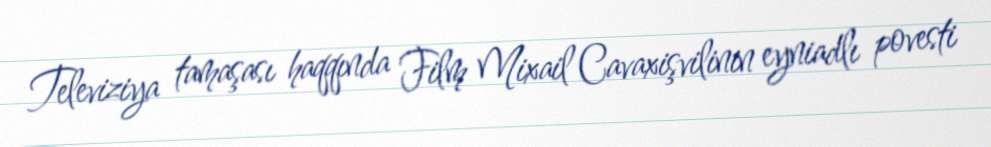
Televiziya tamaşası haqqında Film Mixail Cavaxişvilinin eyniadlı povesti